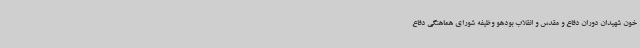
خون شهیدان دوران دفاع و مقدس و انقلاب بودهو وظیفه شورای هماهنگی دفاع